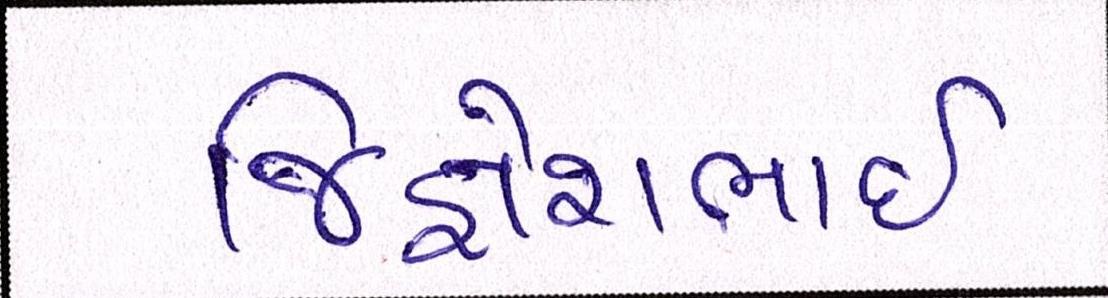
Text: જિજ્ઞેશભાઇ